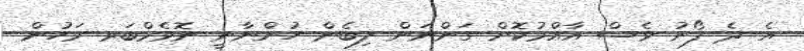
އެ ދެ ފޯނު ވެސް އާއްމުކޮށް ގަންނަން ލިބެން ހުންނާނީ ނޮވެމްބަރ މަހުން